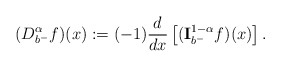
\begin{align*} (D _{b^-}^{\alpha} f)(x):= (-1)\frac{d}{dx}\left[({\bf I}_{b^-}^{1-\alpha}f)(x)\right]. \end{align*}